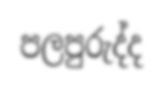
පලපුරුද්ද